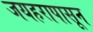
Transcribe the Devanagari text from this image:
जयहरापासून